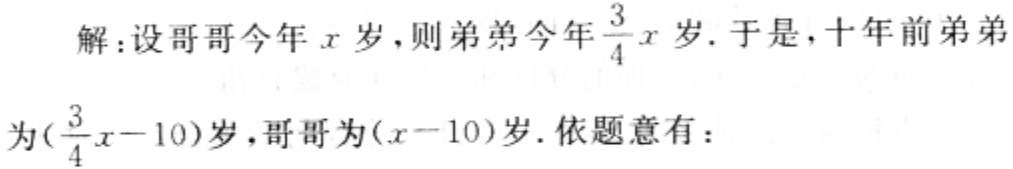
解：设哥哥今年\(x\)岁，则弟弟今年\(\frac{3}{4}x\)岁. 于是，十年前弟弟为\((\frac{3}{4}x - 10)\)岁，哥哥为\((x - 10)\)岁. 依题意有：